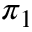
\pi _ { 1 }